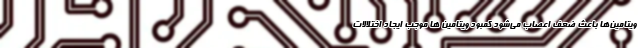
ویتامین‌ها باعث ضعف اعصاب می‌شود کمبود ویتامین ها موجب ایجاد اختلالات